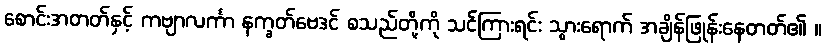
စောင်းအတတ်နှင့် ကဗျာလင်္ကာ နက္ခတ်ဗေဒင် စသည်တို့ကို သင်ကြားရင်း သွားရောက် အချိန်ဖြုန်းနေတတ်၏ ။